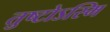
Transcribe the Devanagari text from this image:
तुष्टोऽस्मि